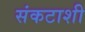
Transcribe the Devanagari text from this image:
संकटाशी